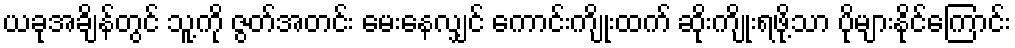
ယခုအချိန်တွင် သူ့ကို ဇွတ်အတင်း မေးနေလျှင် ကောင်းကျိုးထက် ဆိုးကျိုးရဖို့သာ ပိုများနိုင်ကြောင်း